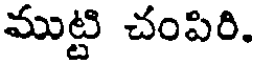
ముట్టి చంపిరి.